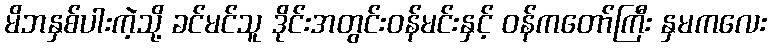
မိဘနှစ်ပါးကဲ့သို့ ခင်မင်သူ ဒိုင်းအတွင်းဝန်မင်းနှင့် ဝန်ကတော်ကြီး နှမကလေး